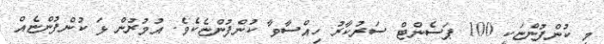
މި ކުންފުންޏަކީ 100 ޕަސެންޓް ސަރުކާރު ހިއްސާވާ ކުންފުންޏެކެވެ. އުމުރުން ޅަ ކުންފުންޏެއް